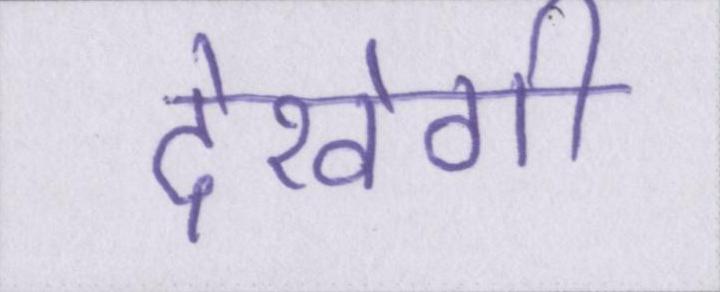
देखेगी